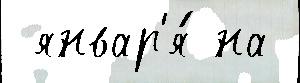
 январ'я́ на